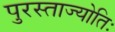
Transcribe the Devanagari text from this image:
पुरस्ताज्योतिः